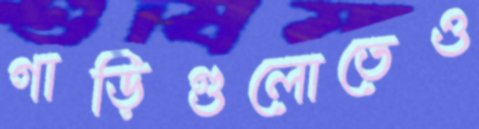
গাড়িগুলোতেও